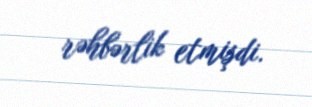
rəhbərlik etmişdi.